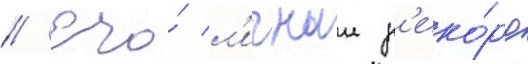
// Его́ л'ичныи р'еко́рд